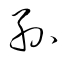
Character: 孫